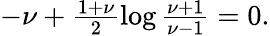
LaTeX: \begin{array}{r}{-\nu+\frac{1+\nu}{2}\log\frac{\nu+1}{\nu-1}=0.}\end{array}